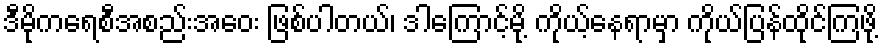
ဒီမိုကရေစီအစည်းအဝေး ဖြစ်ပါတယ်၊ ဒါကြောင့်မို့ ကိုယ့်နေရာမှာ ကိုယ်ပြန်ထိုင်ကြဖို့